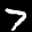
Label: 7